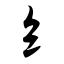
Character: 纟